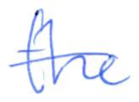
Text: the
Cross-out: single-line
Writing tool: ballpoint